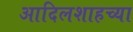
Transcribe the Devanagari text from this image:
आदिलशाहच्या